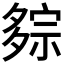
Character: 𰋕